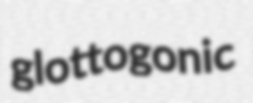
glottogonic